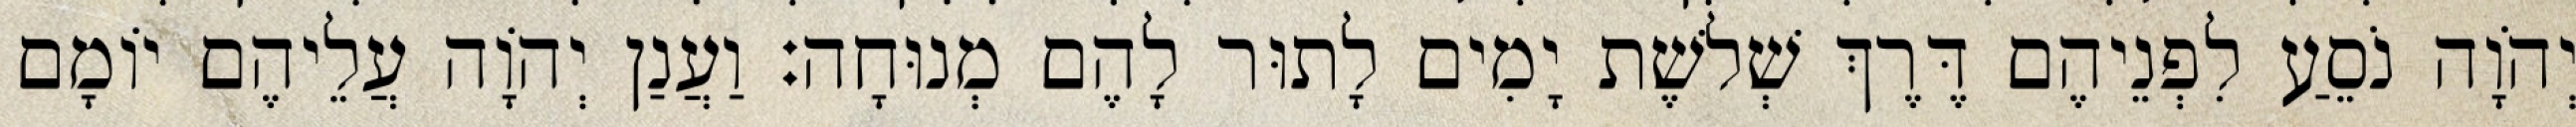
יְהֹוָה נֹסֵעַ לִפְנֵיהֶם דֶּרֶךְ שְׁלשֶׁת יָמִים לָתוּר לָהֶם מְנוּחָה׃ וַעֲנַן יְהוָֹה עֲלֵיהֶם יוֹמָם